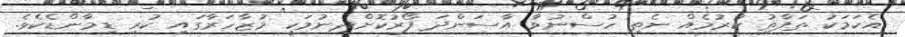
އެކަމަކު ތަފާތު ކުރުމެއް ނެތި ހުސްނުވާ އާސަންދަ ފޯރުކޮށްދިނުމަކީ މުޒާހަރާގައި ކުރި ޑިމާންޑެކެވެ.